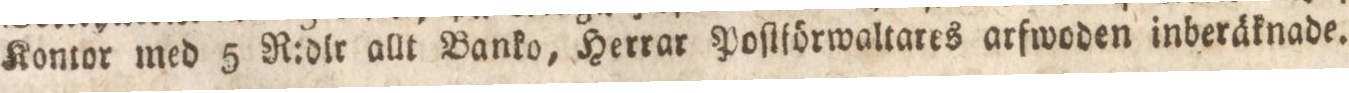
Kontor med 5 R:dlr allt Banko, Herrar Poſtförwaltares arfwoden inberäknade.